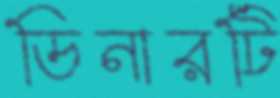
ডিনারটি